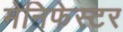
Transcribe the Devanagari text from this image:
मेनिफेस्टर